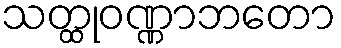
သတ္ထုဝဏ္ဏာဘတော